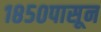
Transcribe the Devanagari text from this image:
१८५०पासून